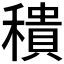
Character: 𥢢